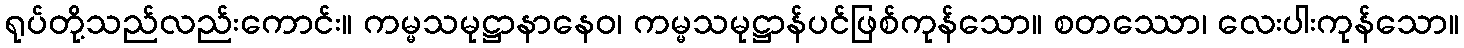
ရုပ်တို့သည်လည်းကောင်း။ ကမ္မသမုဋ္ဌာနာနေဝ၊ ကမ္မသမုဋ္ဌာန်ပင်ဖြစ်ကုန်သော။ စတဿော၊ လေးပါးကုန်သော။